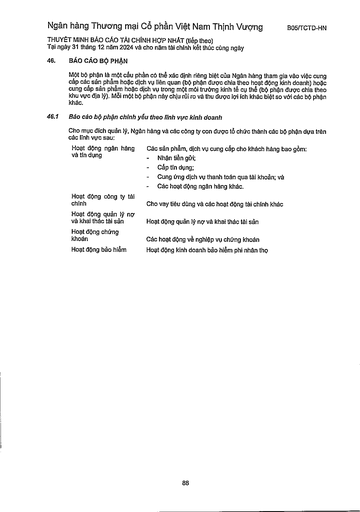
|Hoạt động ngân hàng và tín dụng|Các sản phẩm, dịch vụ cung cấp cho khách hàng bao gồm: - Nhận tiền gửi;| |---|---| ||Cấp tín dụng;| ||Cung ứng dịch vụ thanh toán qua tài khoản; và - Các hoạt động ngân hàng khác.| |Hoạt động công ty tài chính|Cho vay tiêu dùng và các hoạt động tài chính khác| |Hoạt động quản lý nợ và khai thác tài sản|Hoạt động quản lý nợ và khai thác tài sản| |Hoạt động chứng khoán|Các hoạt động về nghiệp vụ chứng khoán| |Hoạt động bảo hiểm|Hoạt động kinh doanh bảo hiểm phi nhân thọ|